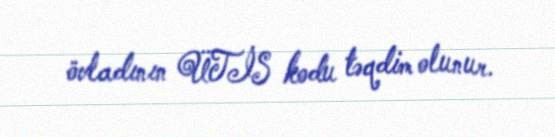
övladının ÜTİS kodu təqdim olunur.